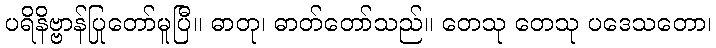
ပရိနိဗ္ဗာန်ပြုတော်မူပြီ။ ဓာတု၊ ဓာတ်တော်သည်။ တေသု တေသု ပဒေသတော၊